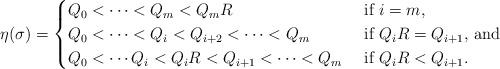
LaTeX: \begin{align*}\eta(\sigma) = \begin{cases} Q_0 < \cdots < Q_m < Q_mR & \mbox{ if $i=m$},\\Q_0 < \cdots < Q_i < Q_{i+2} < \cdots < Q_m & \mbox{ if $Q_iR = Q_{i+1}$, and} \\ Q_0 < \cdots Q_i < Q_iR < Q_{i+1} < \cdots < Q_m & \mbox{ if $Q_iR < Q_{i+1}$}.\end{cases}\end{align*}